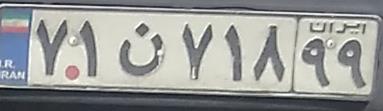
۷۱ن۷۱۸۹۹